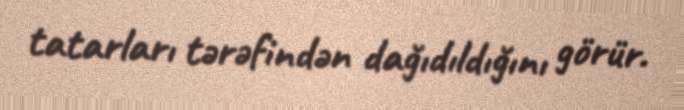
tatarları tərəfindən dağıdıldığını görür.